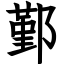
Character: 鄞